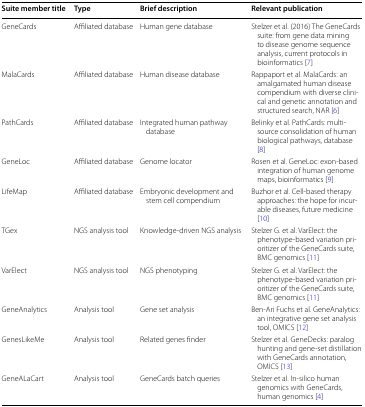
| Suite member title | Type | Brief description | Relevant publication |
 | --- | --- | --- | --- |
 | GeneCards | Affiliated database | Human gene database | Stelzer et al. (2016) The GeneCards suite: from gene data mining to disease genome sequence analysis, current protocols in bioinformatics [7] |
 | MalaCards | Affiliated database | Human disease database | Rappaport et al. MalaCards: an amalgamated human disease compendium with diverse clinical and genetic annotation and structured search, NAR [6] |
 | PathCards | Affiliated database | Integrated human pathway database | Belinky et al. PathCards: multi-source consolidation of human biological pathways, database [8] |
 | GeneLoc | Affiliated database | Genome locator | Rosen et al. GeneLoc: exon-based integration of human genome maps, bioinformatics [9] |
 | LifeMap | Affiliated database | Embryonic development and stem cell compendium | Buzhor et al. Cell-based therapy approaches: the hope for incurable diseases, future medicine [10] |
 | TGex | NGS analysis tool | Knowledge-driven NGS analysis | Stelzer G. et al. VarElect: the phenotype-based variation prioritizer of the GeneCards suite, BMC genomics [11] |
 | VarElect | NGS analysis tool | NGS phenotyping | Stelzer G. et al. VarElect: the phenotype-based variation prioritizer of the GeneCards suite, BMC genomics [11] |
 | GeneAnalytics | Analysis tool | Gene set analysis | Ben-Ari Fuchs et al. GeneAnalytics: an integrative gene set analysis tool, OMICS [12] |
 | GenesLikeMe | Analysis tool | Related genes finder | Stelzer et al. GeneDecks: paralog hunting and gene-set distillation with GeneCards annotation, OMICS [13] |
 | GeneALaCart | Analysis tool | GeneCards batch queries | Stelzer et al. In-silico human genomics with GeneCards, human genomics [4] |